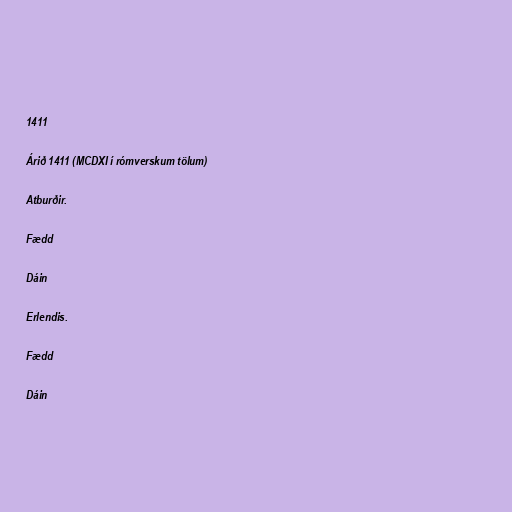
1411

Árið 1411 (MCDXI í rómverskum tölum)

Atburðir.

Fædd

Dáin

Erlendis.

Fædd

Dáin